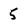
Character: 5